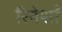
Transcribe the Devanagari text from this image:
रिनेशाँ